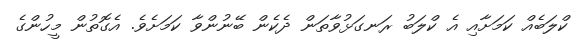
ކްލަބެއް ކަމަށާއި އެ ކްލަބު ރަނގަޅުވާތަން ދެކެން ބޭނުންވާ ކަމަށެވެ. އެގޮތުން މީހުންގެ